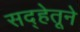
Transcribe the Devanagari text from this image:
सद्हेतूने